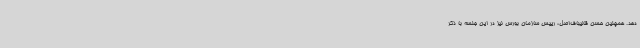
دهد. همچنین حسن قالیباف‌اصل، رییس سازمان بورس نیز در این جلسه با ذکر